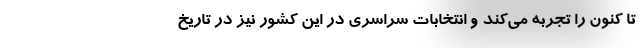
تا کنون را تجربه می‌کند و انتخابات سراسری در این کشور نیز در تاریخ